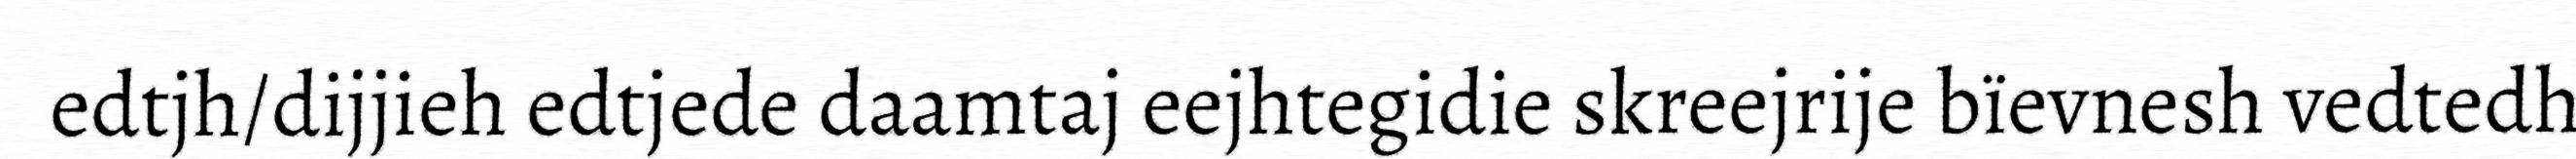
edtjh/dijjieh edtjede daamtaj eejhtegidie skreejrije bïevnesh vedtedh